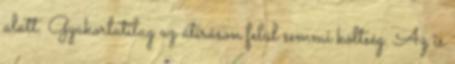
alatt. Gyakorlatilag az átíráson felül semmi költség. Az is